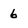
Character: 6